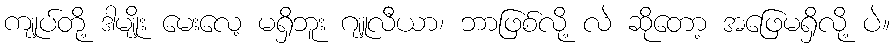
ကျုပ်တို့ ဒါမျိုး မေးလေ့ မရှိဘူး ဂျူလီယာ၊ ဘာဖြစ်လို့ လဲ ဆိုတော့ အဖြေမရှိလို့ ပဲ။